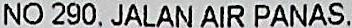
NO 290, JALAN AIR PANAS,